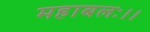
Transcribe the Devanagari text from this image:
महाबलः।।